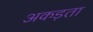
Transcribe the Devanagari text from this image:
अकड़ता